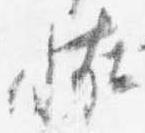
恠